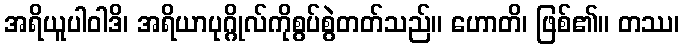
အရိယူပါဝါဒိ၊ အရိယာပုဂ္ဂိုလ်ကိုစွပ်စွဲတတ်သည်။ ဟောတိ၊ ဖြစ်၏။ တဿ၊